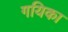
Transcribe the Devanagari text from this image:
गयिका